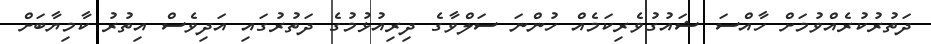
ދަތުރުކުރެއްވުމަށް ހާއްސަ ޝައުގުވެރިކަމެއް ހުންނަ ސަލްވާގެ ދިރިއުޅުމުގެ ދަތުރުގައި އަދިވެސް އިތުރު ކާމިޔާބަށް